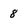
Character: 8